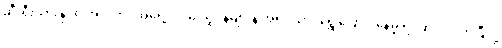
ဆီးရီးယားနိုင်ငံ အလက်ပိုအရှေ့ပိုင်းမှ သူပုန်များနဲ့ အရပ်သား ရွှေ့ပြောင်းနေမှု ရပ်ဆိုင်းလိုက်ပြီလို့